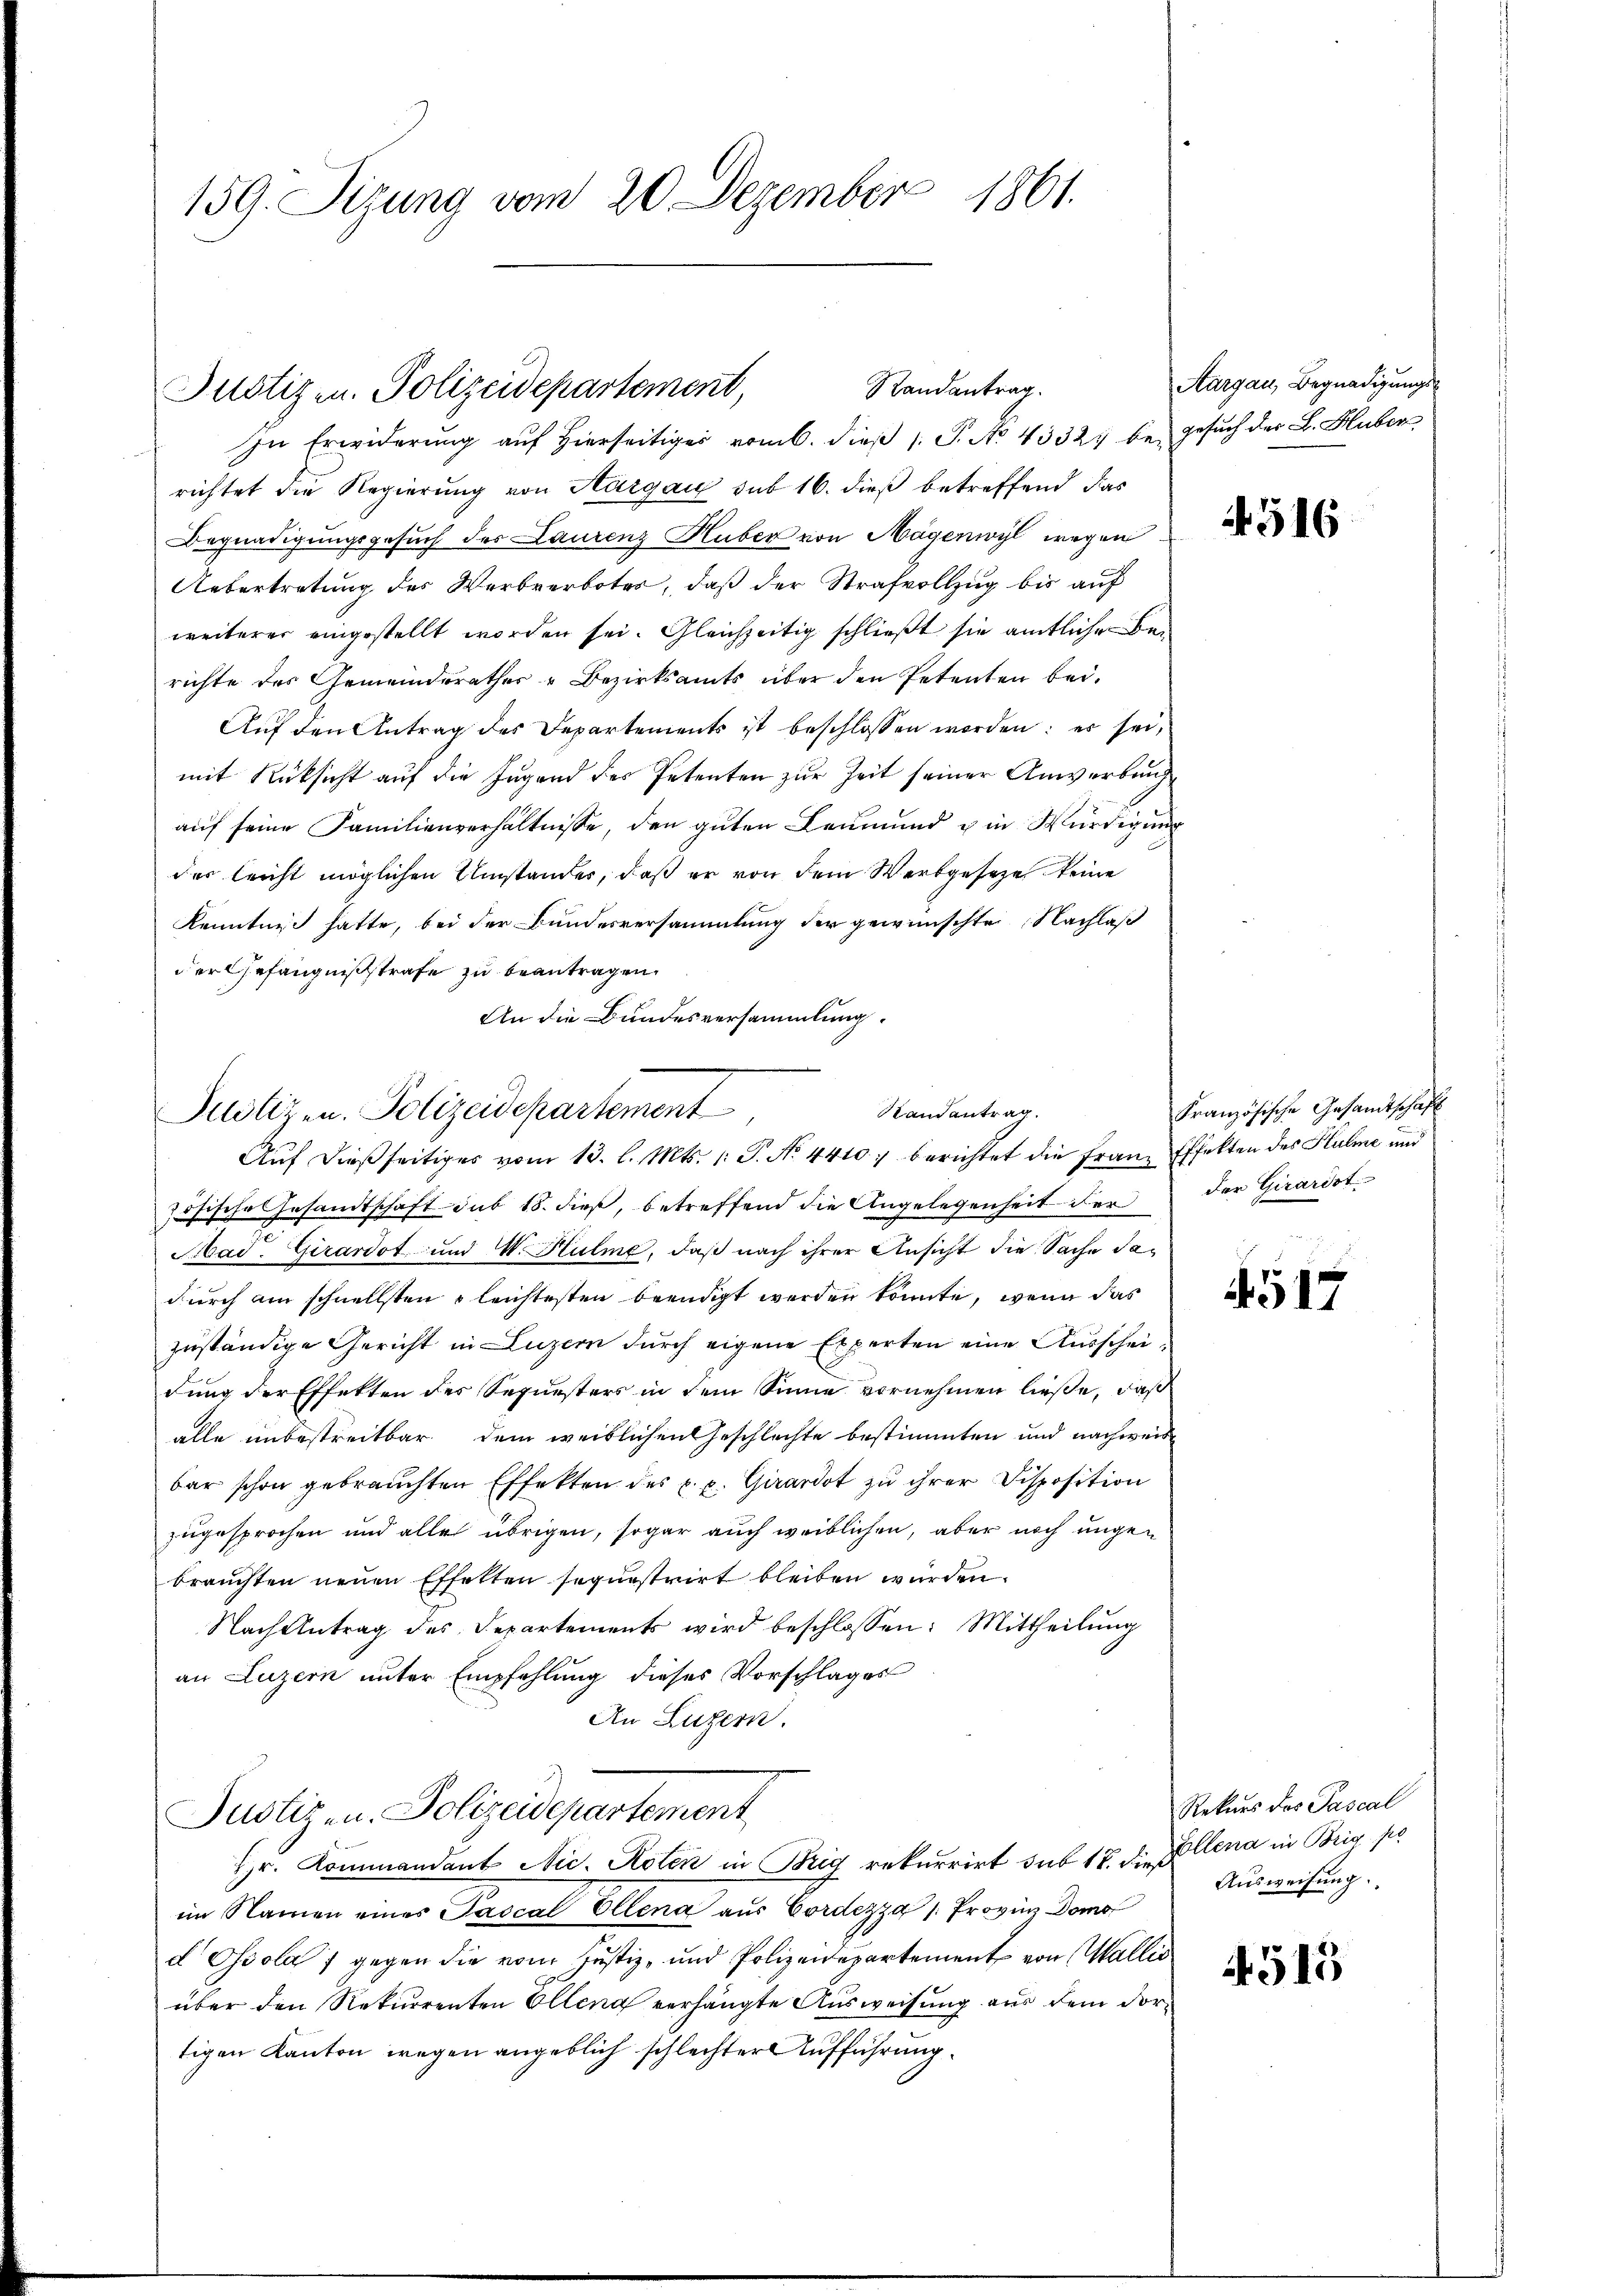
159. Sizung vom 20 Dezember 1861.

Randantrag.
Justizen. Polizeidepartement,
In Erwiderŭng aŭf hierseitiger vom 6. dieβ 1. P. No. 43327 be- Gesuch der B. Huber

richtet die Regierung von Aargau sub 16. dieß betreffend das
Begnadigungsgesuch des Laurenz Huber von Magenwyl wegen
Uebertretung des Werbverbotes, daß der Strafvollzug bis auf
weiterer eingestellt worden sei. Gleichzeitig schließt sie amtlichen Berichte des Gemeindsrathes & Bezirksamts über den Petenten bei.
Auf den Antrag des Departements ist beschlossen worden: es sei,
mit Rücksicht auf die Jugend des Petenten zur Zeit seiner Anwerbung
auf seine Familienverhältnisse, den guten Leumund in Würdigung
der leicht möglichen Umständer, daß er von dem Werbgeseze keine
Kenntniß hatte, bei der Bundesversammlung der gewünschte Nachlaß
der Gefängnißstrafe zu beantragen,
An die Bundesversammlung.

Randantrag.
Justizen. Polizeidepartement,
Aŭf dießseitiges vom 13. l. Mts. 1. P. No. 4410, berichtet die Franz Effekten des Kulme und

Zöschehen Gesandtschaft sub 18. dieß, betreffend die Angelegenheit der
Mad. Girardot und IV. Hulme, daß nach ihrer Ansicht die Sache Tadurch am schnellsten gleichtesten beendigt werden könnte, wenn das
zuständige Gericht in Luzern durch eigene Experten eine Ausscheidung der Effekten des Sequesters in dem Sinne vornehmen ließe, daß
alle unbestreitbar dem weiblichen Geschlechte bestimmten und nachweis
bar schon gebrauchten Effekten des p. v. Girardot zu ihrer Disposition
zugesprochen und alle übrigen, sogar auch weiblichen, aber noch ungen
brauchten neuen Effetten sequestrirt bleiben wurden.
Nach Antrag des Departements wird beschlossen: Mittheilung
an Luzern unter Empfehlung dieses Vorschlages
An Luzern.
Justiz- u. Polizeidepartement
Hr. Kommandant Nic. Roten in Brig rekurrirt sub 18. die Collena in Brig pe
im Namen eines Tascal Ellena aus Cordezza /: Provin Domo
d Ossola 7 gegen die vom Justiz- und Polizeidepartement von Wallis
über den Rekurrenten Ellena verhängte Ausweisung aus dem dortigen Kanton wegen angeblich schlechter Aufführung

Aargau, Begnadigungs-

4516

Französische Gesandtschaft
der Girardst

517

Rekurs des Pascal
Aŭsweisung

4515